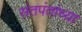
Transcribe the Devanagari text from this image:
संतपंतांच्या